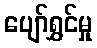
ပျော်ရွှင်မှု